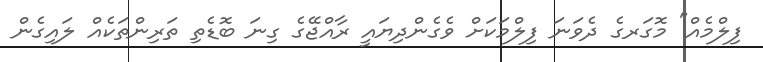
ފިލްމެއް" މޮގަރގެ ދެވަނަ ފިލްމަކަށް ވެގެންދިޔައީ ރާއްޖޭގެ ގިނަ ބޮޑެތި ތަރިންތަކެއް ލައިގެން